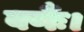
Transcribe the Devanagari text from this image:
वर्णैः।